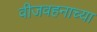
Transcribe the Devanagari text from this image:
वीजवहनाच्या